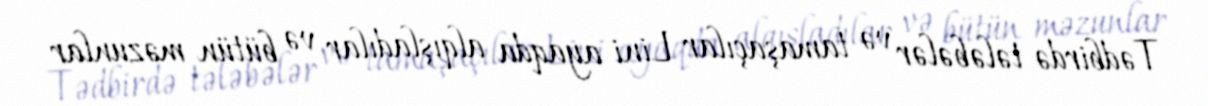
Tədbirdə tələbələr və tamaşaçılar Lini ayaqda alqışladılar və bütün məzunlar